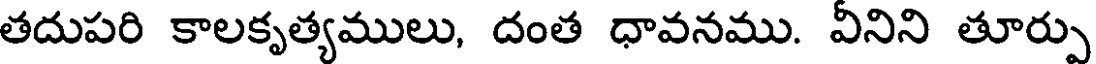
తదుపరి కాలకృత్యములు, దంత ధావనము. వినిని తూర్పు